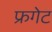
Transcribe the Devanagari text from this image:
फ्रगेट